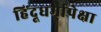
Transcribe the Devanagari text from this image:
हिंदूधर्मापेक्षा